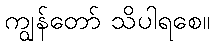
ကျွန်တော် သိပါရစေ။